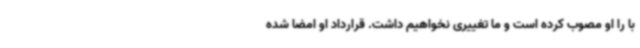
با را او مصوب کرده است و ما تغییری نخواهیم داشت. قرارداد او امضا شده